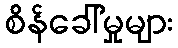
စိန်ခေါ်မှုများ